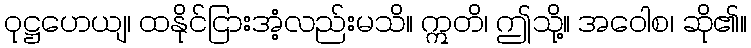
ဝုဋ္ဌဟေယျ၊ ထနိုင်ငြားအံ့လည်းမသိ။ ဣတိ၊ ဤသို့။ အဝေါစ၊ ဆို၏။